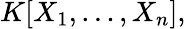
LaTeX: K[X_{1},\dots,X_{n}],